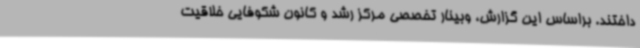
داختند. براساس این گزارش، وبینار تخصصی مرکز رشد و کانون شکوفایی خلاقیت